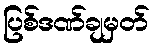
ပြစ်ဒဏ်ချမှတ်